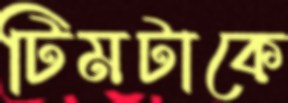
টিমটাকে